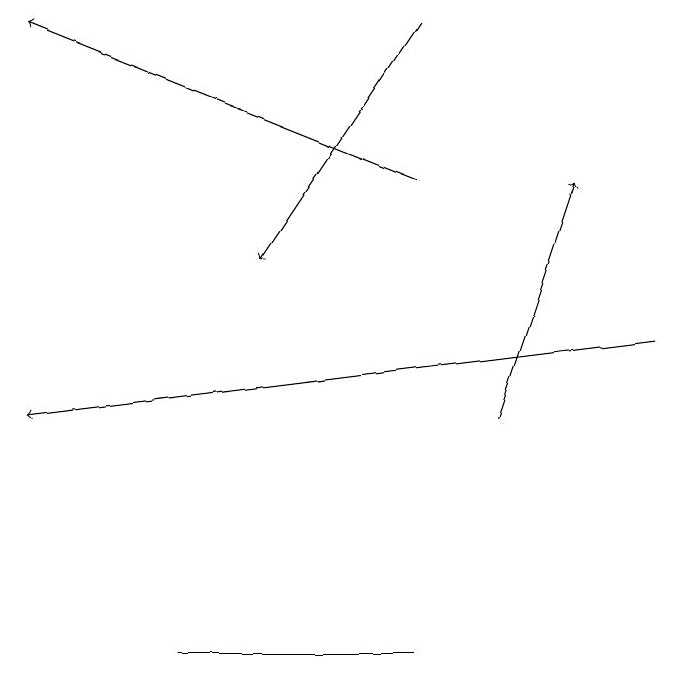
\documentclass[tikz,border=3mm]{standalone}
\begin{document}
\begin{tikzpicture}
\draw[->] (6,16) -- (1,18);
\draw[->] (9,14) -- (1,13);
\draw[->] (7,13) -- (8,16);
\draw (6,10) rectangle (3,10);
\draw[->] (6,18) -- (4,15);
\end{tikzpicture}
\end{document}